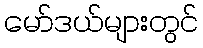
မော်ဒယ်များတွင်